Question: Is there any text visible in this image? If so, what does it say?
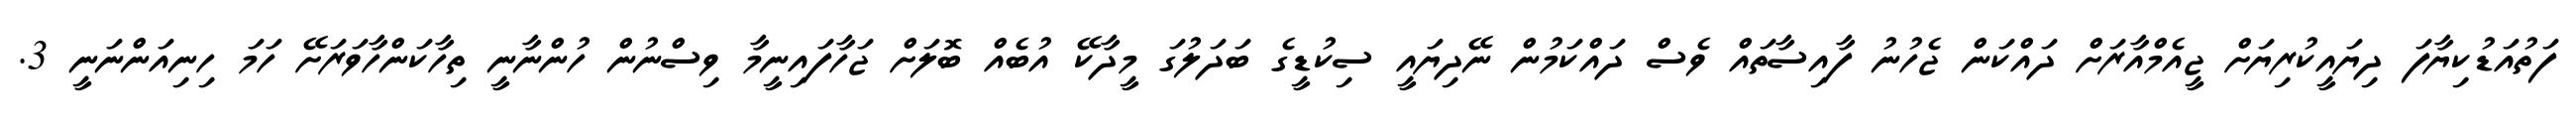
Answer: ފަތުއަޑުކިޔާފަ ދިޔައީކުރިޔަށް ޖީއެމްއާރަށް ދައްކަން ޖެހުނު ފާއިސާތައް ވެސް ދައްކަމުން ނޭދިޔައީ ސިކުޑީގެ ބަދަލުގަ މީދާކޭ އުބެއް ބޮލަށް ޖަހާފައިނީމާ ވިސްނުން ހުންނާނީ ތިހާކަންހާވަރަށޭ ހަމަ ހިނިއަންނަނީ 3.